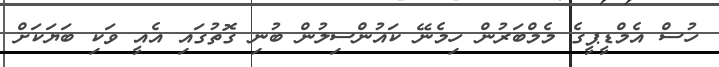
ހުސް އެމްޑީޕީގެ މެމްބަރުން ހިމެނޭ ކައުންސިލުން ބުނި ގޮތުގައި އެއީ ވަކި ބަޔަކަށް